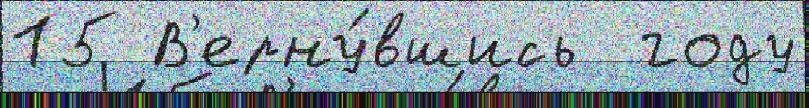
15 В'ерну́вшись  году